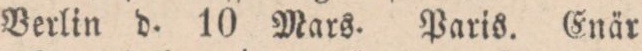
Berlin d. 10 Mars. Paris. Enär